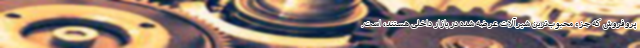
پروفروش که جزء محبوب‌ترین شیرآلات عرضه شده در بازار داخلی هستند، است.